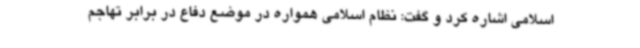
اسلامی اشاره کرد و گفت: نظام اسلامی همواره در موضع دفاع در برابر تهاجم